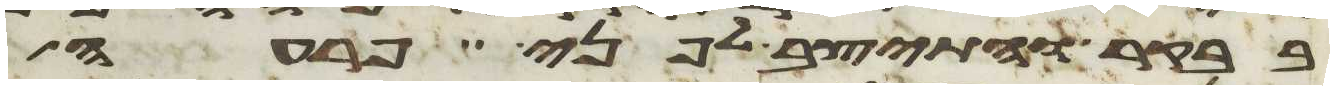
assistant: בבקר והתיצב לפני פרעה